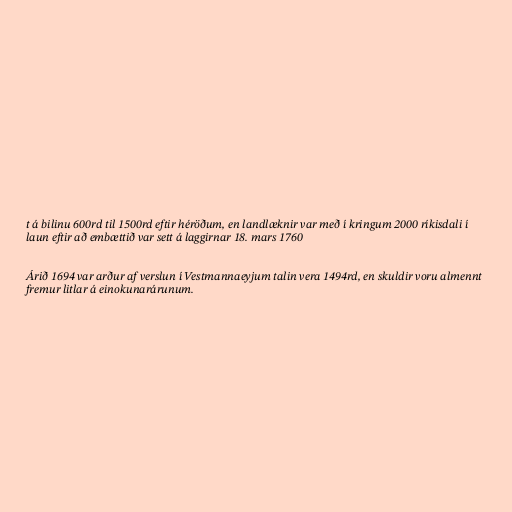
t á bilinu 600rd til 1500rd eftir héröðum, en landlæknir var með í kringum 2000 ríkisdali í
laun eftir að embættið var sett á laggirnar 18. mars 1760

Árið 1694 var arður af verslun í Vestmannaeyjum talin vera 1494rd, en skuldir voru almennt
fremur litlar á einokunarárunum.